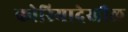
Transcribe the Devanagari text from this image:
कोरियादेखील